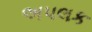
અપલક